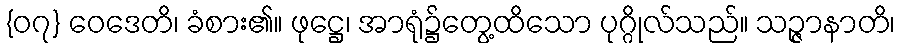
{၀၇} ဝေဒေတိ၊ ခံစား၏။ ဖုဋ္ဌေ၊ အာရုံ၌တွေ့ထိသော ပုဂ္ဂိုလ်သည်။ သဉ္ဇာနာတိ၊